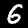
Digit: 6